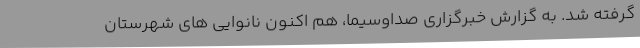
گرفته شد. به گزارش خبرگزاری صداوسیما، هم اکنون نانوایی های شهرستان